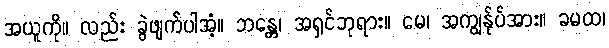
အယူကို။ လည်း ခွဲဖျက်ပါအံ့။ ဘန္တေ၊ အရှင်ဘုရား။ မေ၊ အကျွန်ုပ်အား။ ခမထ၊